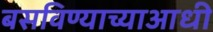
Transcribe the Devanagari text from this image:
बसविण्याच्याआधी